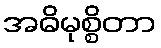
အဓိမုစ္စိတာ